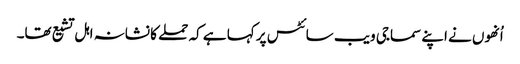
اُنھوں نے اپنے سماجی ویب سائٹس پر کہا ہے کہ حملے کا نشانہ اہل تشیع تھا۔